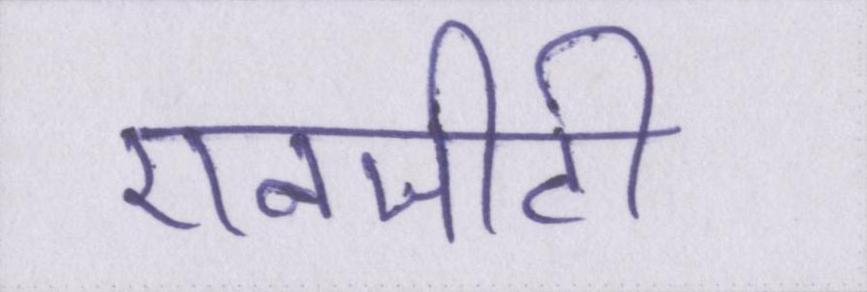
एनजीटी